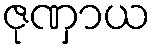
ဇုဏှာယ